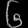
Digit: ၆